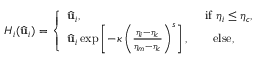
H _ { i } ( \widehat { \mathbf { u } } _ { i } ) = \left\{ \begin{array} { l l } { \widehat { \mathbf { u } } _ { i } , \quad \quad \quad \quad \quad \quad \quad \quad \quad \quad \, \mathrm { i f } \ \eta _ { i } \leq \eta _ { c } , } \\ { \widehat { \mathbf { u } } _ { i } \exp \left[ - \kappa \left( \frac { \eta _ { i } - \eta _ { c } } { \eta _ { m } - \eta _ { c } } \right) ^ { s } \right] , \quad \quad \mathrm { e l s e } , } \end{array} \right.